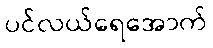
ပင်လယ်ရေအောက်